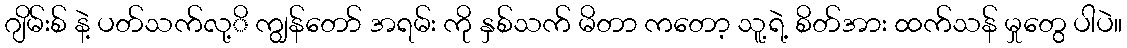
ဂျိမ်းစ် နဲ့ ပတ်သက်လု့ိ ကျွန်တော် အရမ်း ကို နှစ်သက် မိတာ ကတော့ သူ့ရဲ့ စိတ်အား ထက်သန် မှုတွေ ပါပဲ။